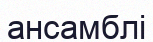
ансамблі